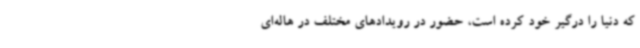
که دنیا را درگیر خود کرده است، حضور در رویدادهای مختلف در هاله‌ای